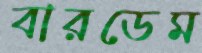
বারডেম